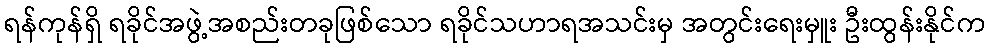
ရန်ကုန်ရှိ ရခိုင်အဖွဲ့အစည်းတခုဖြစ်သော ရခိုင်သဟာရအသင်းမှ အတွင်းရေးမှူး ဦးထွန်းနိုင်က